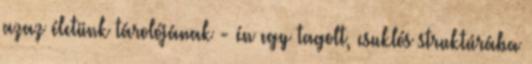
azaz életünk tárolójának - én egy tagolt, csuklós struktúrába